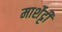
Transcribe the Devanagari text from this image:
मार्शेट्टी